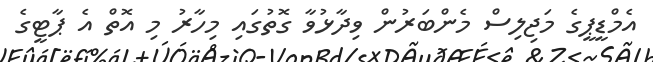
އެމްޑީޕީގެ މަޖިލިސް މެންބަރުން ވިދާޅުވާ ގޮތުގައި މިހާރު މި އޮތް އެ ޕާޓީގެ